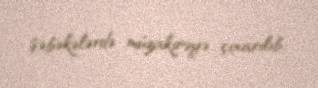
şəbəkələrdə müzakirəyə çıxarılıb.